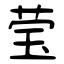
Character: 莹